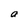
Character: a